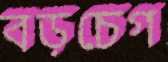
বড়চেগ